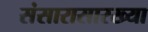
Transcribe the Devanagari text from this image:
संसारासारख्या